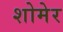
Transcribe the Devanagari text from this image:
शोमेर